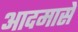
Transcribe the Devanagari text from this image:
आदमासे